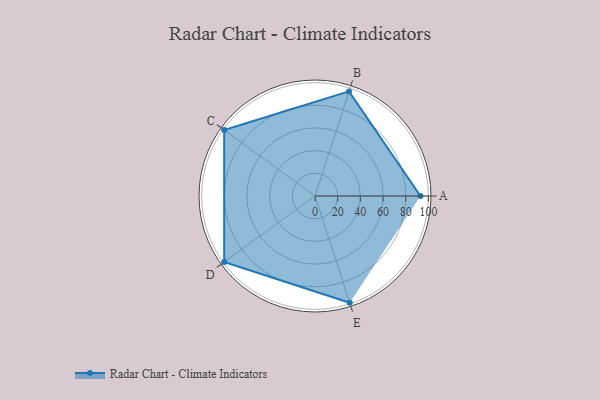
{"axis": {"x": "Skill", "y": "Score"}, "legend": ["Profile"], "data": [{"x": "A", "y": 93.0, "type": "Profile"}, {"x": "B", "y": 97.0, "type": "Profile"}, {"x": "C", "y": 99, "type": "Profile"}, {"x": "D", "y": 99, "type": "Profile"}, {"x": "E", "y": 99, "type": "Profile"}]}